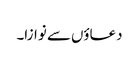
دعاؤں سے نوازا۔